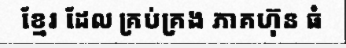
ខ្មែរ ដែល គ្រប់គ្រង ភាគហ៊ុន ធំ